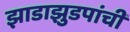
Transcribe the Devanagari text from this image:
झाडाझुडपांची